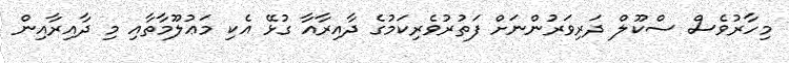
މިހާރުވެސް ސްކޫލް ދަރިވަރުންނަށް ފަތުރުވެރިކަމުގެ ދާއިރާއާ ގުޅޭ އެކި މަޢުލޫމާތާއި މި ދާއިރާއިން